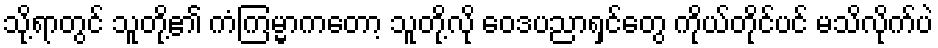
သို့ရာတွင် သူတို့၏ ကံကြမ္မာကတော့ သူတို့လို ဝေဒပညာရှင်တွေ ကိုယ်တိုင်ပင် မသိလိုက်ပဲ